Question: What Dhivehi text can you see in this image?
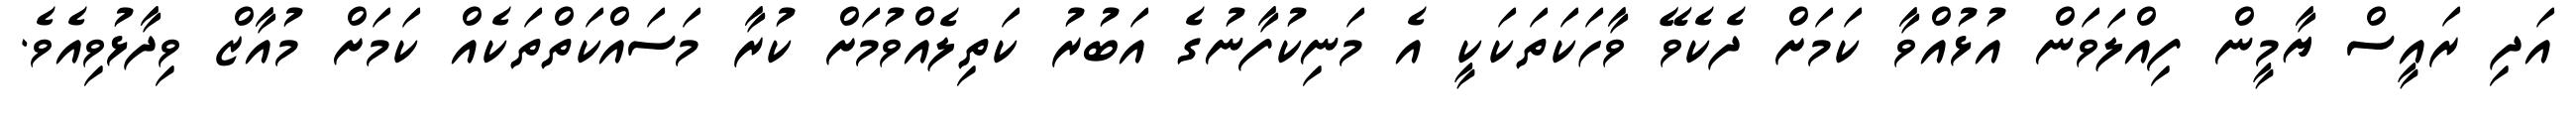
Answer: އަދި ރައީސް ޔާމީން ފިއްލަވަން އުޅުއްވާ ކަމަށް ދެކެވޭ ވާހަކަތަކަކީ އެ މަނިކުފާނުގެ އަބުރު ކަތިލެއްވުމަށް ކުރާ މަސައްކަތްތަކެއް ކަމަށް މުއާޒް ވިދާޅުވިއެވެ.